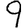
Digit: 9